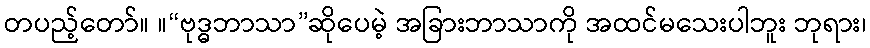
တပည့်တော်။ ။“ဗုဒ္ဓဘာသာ”ဆိုပေမဲ့ အခြားဘာသာကို အထင်မသေးပါဘူး ဘုရား၊